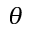
\boldsymbol { \theta }